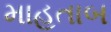
માહતાબ